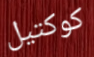
كوكتيل